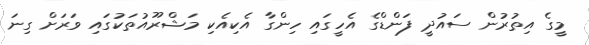
މީގެ އިތުރުން ސައުދީ ފަންޑްގެ އެހީގައި ހިންގާ އެކިއެކި މަޝްރޫއުތަކުގައި ވަރަށް ގިނަ